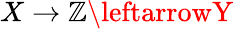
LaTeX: X\rightarrow\mathbb{Z}\leftarrowY